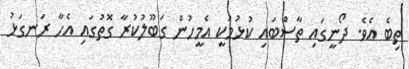
ތިބެ އެވެ. ދޯނީގައި ތާސްބައި ކުޅުމަކީ އެމީހުން ގަބޫލުކުރާ ގޮތުގައި އެހާ ރަނގަޅު